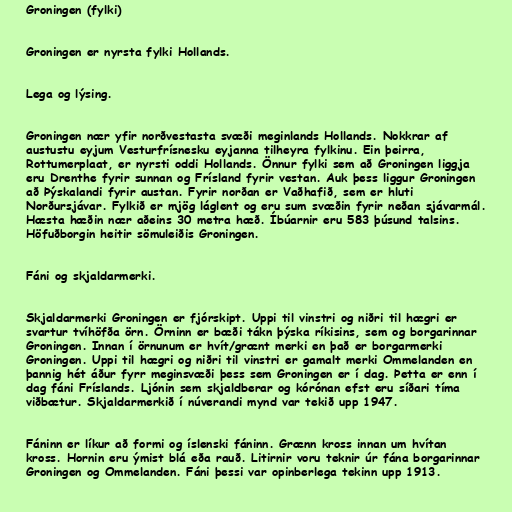
Groningen (fylki)

Groningen er nyrsta fylki Hollands.

Lega og lýsing.

Groningen nær yfir norðvestasta svæði meginlands Hollands. Nokkrar af
austustu eyjum Vesturfrísnesku eyjanna tilheyra fylkinu. Ein þeirra,
Rottumerplaat, er nyrsti oddi Hollands. Önnur fylki sem að Groningen liggja
eru Drenthe fyrir sunnan og Frísland fyrir vestan. Auk þess liggur Groningen
að Þýskalandi fyrir austan. Fyrir norðan er Vaðhafið, sem er hluti
Norðursjávar. Fylkið er mjög láglent og eru sum svæðin fyrir neðan sjávarmál.
Hæsta hæðin nær aðeins 30 metra hæð. Íbúarnir eru 583 þúsund talsins.
Höfuðborgin heitir sömuleiðis Groningen.

Fáni og skjaldarmerki.

Skjaldarmerki Groningen er fjórskipt. Uppi til vinstri og niðri til hægri er
svartur tvíhöfða örn. Örninn er bæði tákn þýska ríkisins, sem og borgarinnar
Groningen. Innan í örnunum er hvít/grænt merki en það er borgarmerki
Groningen. Uppi til hægri og niðri til vinstri er gamalt merki Ommelanden en
þannig hét áður fyrr meginsvæði þess sem Groningen er í dag. Þetta er enn í
dag fáni Fríslands. Ljónin sem skjaldberar og kórónan efst eru síðari tíma
viðbætur. Skjaldarmerkið í núverandi mynd var tekið upp 1947.

Fáninn er líkur að formi og íslenski fáninn. Grænn kross innan um hvítan
kross. Hornin eru ýmist blá eða rauð. Litirnir voru teknir úr fána borgarinnar
Groningen og Ommelanden. Fáni þessi var opinberlega tekinn upp 1913.